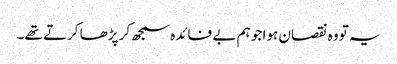
یہ تو وہ نقصان ہوا جو ہم بے فائدہ سمجھ کر پڑھا کرتے تھے۔